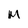
Character: M